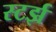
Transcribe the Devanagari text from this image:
स्टर्झ